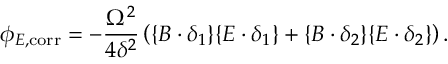
\phi _ { E , \mathrm { c o r r } } = - \frac { \Omega ^ { 2 } } { 4 \delta ^ { 2 } } \left( \{ B \cdot \delta _ { 1 } \} \{ E \cdot \delta _ { 1 } \} + \{ B \cdot \delta _ { 2 } \} \{ E \cdot \delta _ { 2 } \} \right) .